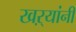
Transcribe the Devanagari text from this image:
खऱ्यांनी